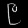
Digit: ၉